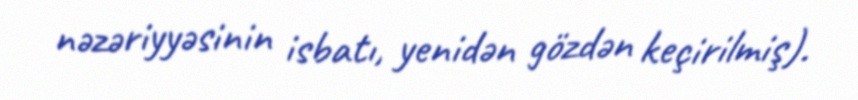
nəzəriyyəsinin isbatı, yenidən gözdən keçirilmiş).